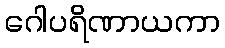
ဂေါပရိဏာယကာ